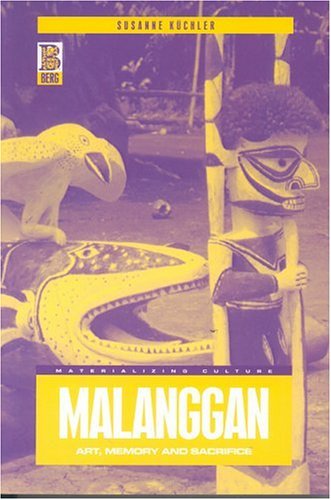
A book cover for Malanggan: Art, Memory and Sacrifice (Materializing Culture); Susanne KÃ¼chler; History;